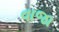
વાજા